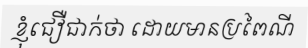
ខ្ញុំជឿជាក់ថា ដោយមានប្រពៃណី